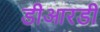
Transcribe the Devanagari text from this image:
डीआरडी